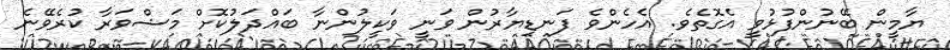
ޔާމީން ބޭނުންފުޅުވީ އެގޮތެވެ. އެހެންވެ ފަނޑިޔާރުން ވަނީ ވަކީލުންނާ ބައްދަލުކޮށް މަޝްވަރާ ކުރެވޭނެ